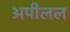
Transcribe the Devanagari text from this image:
अपीलल